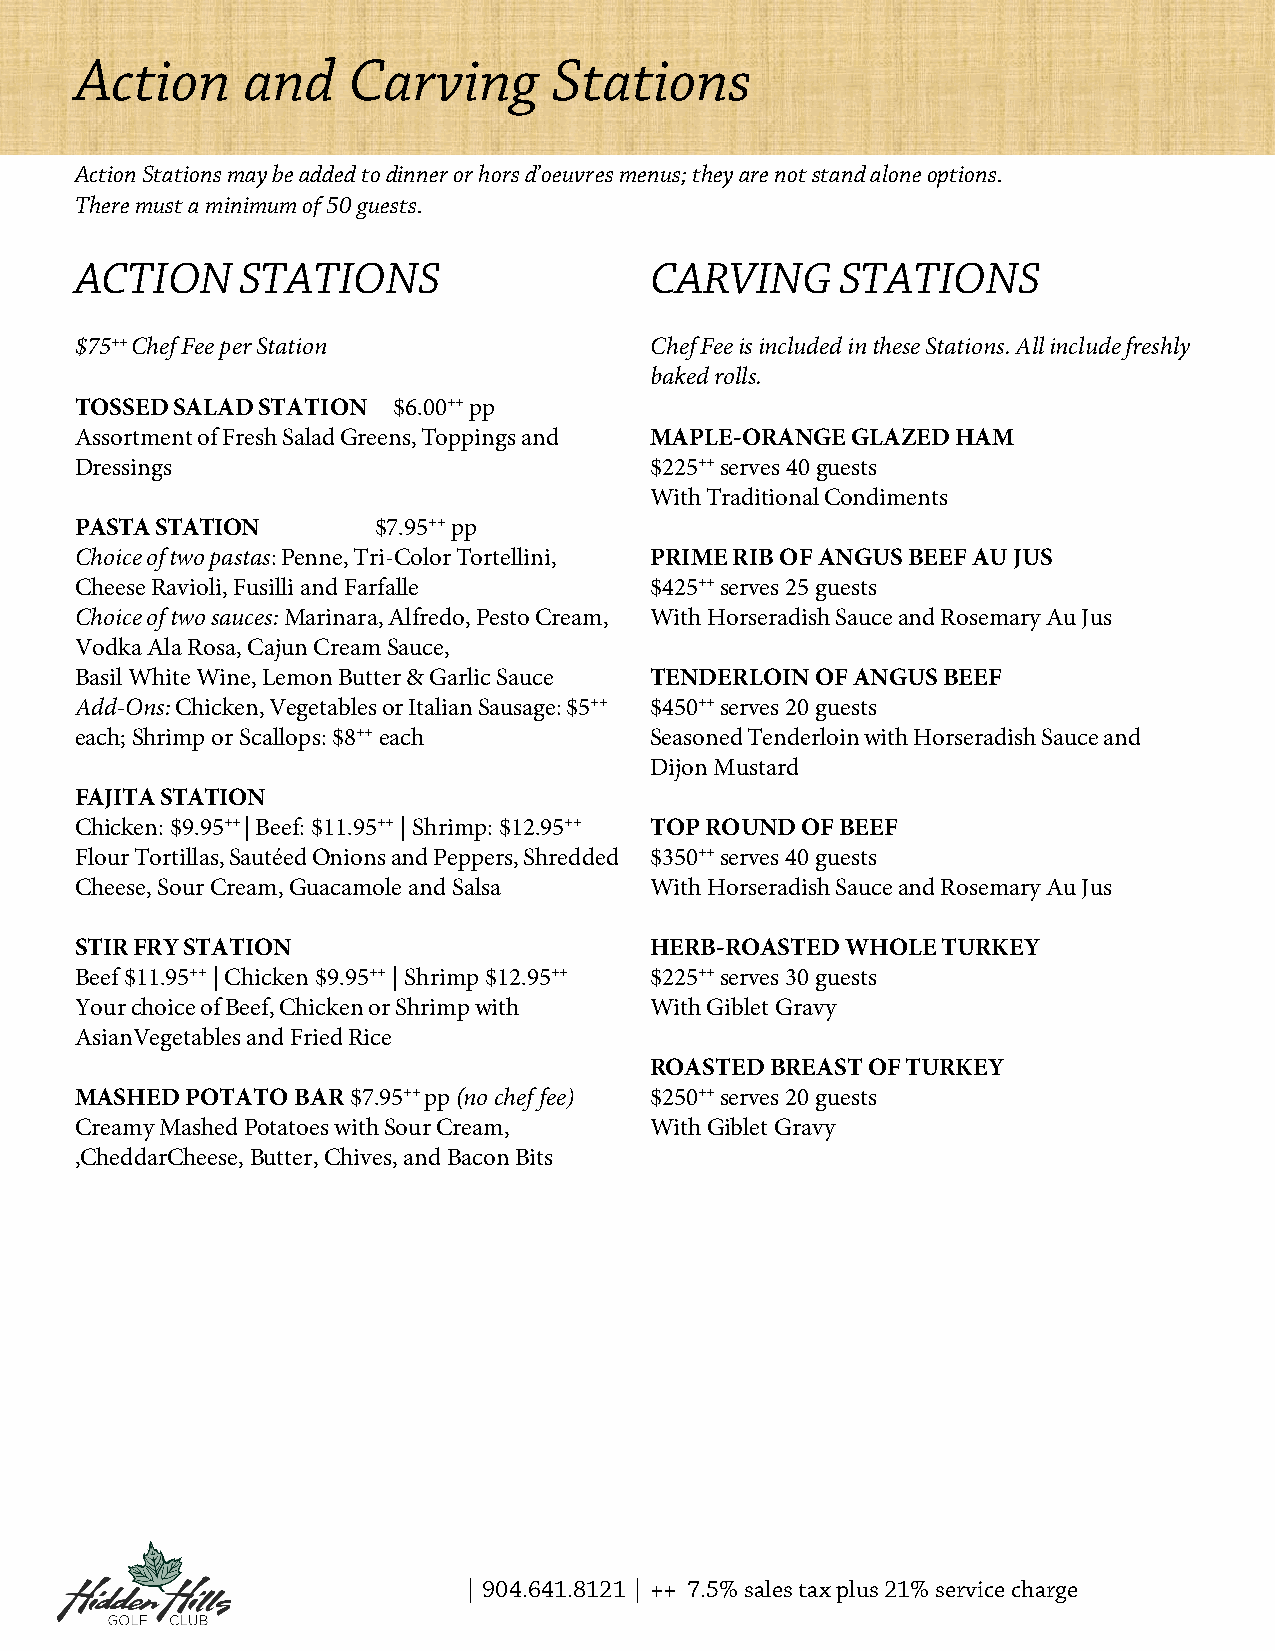
Action     and    Carving       Stations
 Action Stations may be added to dinner or hors d’oeuvres menus; they are not stand alone options.
 There must a minimum of 50 guests.
 ACTION     STATIONS                   CARVING      STATIONS
 $75++ Chef Fee per Station            Chef Fee is included in these Stations. All include freshly
 baked rolls.
 TOSSED SALAD STATION $6.00++ pp
 Assortment of Fresh Salad Greens, Toppings and MAPLE-ORANGE GLAZED HAM
 Dressings                             $225++ serves 40 guests
 With Traditional Condiments
 PASTA STATION       $7.95++ pp
 Choice of two pastas: Penne, Tri-Color Tortellini, PRIME RIB OF ANGUS BEEF AU JUS
 Cheese Ravioli, Fusilli and Farfalle  $425++ serves 25 guests
 Choice of two sauces: Marinara, Alfredo, Pesto Cream, With Horseradish Sauce and Rosemary Au Jus
 Vodka Ala Rosa, Cajun Cream Sauce,
 Basil White Wine, Lemon Butter & Garlic Sauce TENDERLOIN OF ANGUS BEEF
 Add-Ons: Chicken, Vegetables or Italian Sausage: $5++ $450++ serves 20 guests
 each; Shrimp or Scallops: $8++ each   Seasoned Tenderloin with Horseradish Sauce and
 Dijon Mustard
 FAJITA STATION
 Chicken: $9.95++ | Beef: $11.95++ | Shrimp: $12.95++ TOP ROUND OF BEEF
 Flour Tortillas, Sautéed Onions and Peppers, Shredded $350++ serves 40 guests
 Cheese, Sour Cream, Guacamole and Salsa With Horseradish Sauce and Rosemary Au Jus
 STIR FRY STATION                      HERB-ROASTED WHOLE TURKEY
 Beef $11.95++ | Chicken $9.95++ | Shrimp $12.95++ $225++ serves 30 guests
 Your choice of Beef, Chicken or Shrimp with With Giblet Gravy
 Asian Vegetables and Fried Rice
 ROASTED BREAST OF TURKEY
 MASHED POTATO BAR $7.95++ pp (no chef fee) $250++ serves 20 guests
 Creamy Mashed Potatoes with Sour Cream, With Giblet Gravy
 ,Cheddar Cheese, Butter, Chives, and Bacon Bits
 | 904.641.8121 | ++ 7.5% sales tax plus 21% service charge